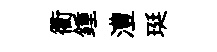
衢鍾澧珽